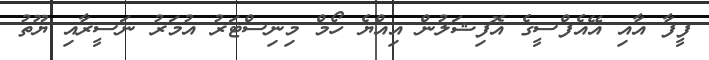
ފީފާ އާއި އޭއެފްސީގެ އޮފިޝަލުން އިއްޔެ ހޯމް މިނިސްޓަރު އުމަރު ނަސީރާއި ޔޫތު